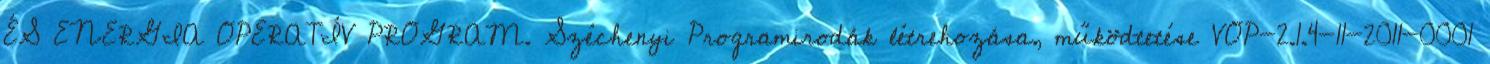
ÉS ENERGIA OPERATÍV PROGRAM. Széchenyi Programirodák létrehozása, működtetése VOP-2.1.4-11-2011-0001